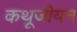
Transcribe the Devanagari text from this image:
कथूजीयन